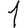
Digit: 1